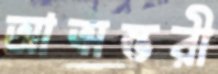
আত্মম্ভরী